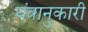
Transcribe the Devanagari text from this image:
यंत्रानुकारी